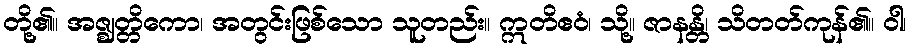
တို့၏။ အဇ္ဈတ္တိကော၊ အတွင်းဖြစ်သော သူတည်း။ ဣတိဧဝံ၊ သို့။ ဇာနန္တိ၊ သိတတ်ကုန်၏။ ဝါ၊